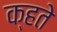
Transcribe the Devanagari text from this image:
क्हते